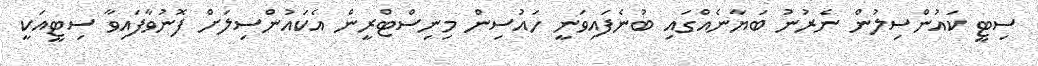
ސިޓީ ކައުންސިލުން ނެރުނު ބަޔާނެއްގައި ބުނެފައިވަނީ ހައުސިން މިނިސްޓްރީން އެކައުންސިލަށް ފޮނުވާފައިވާ ސިޓީއަކީ